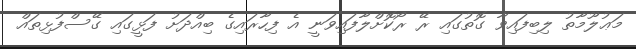
މަޢުލޫމާތު ލިބިފައިވާ ގޮތުގައި ރޭ ރޯކޮށްލާފައިވަނީ އެ ފިހާރައިގެ ބިއްދަށު ފަޅީގައި ގޭސްފުޅިތައް